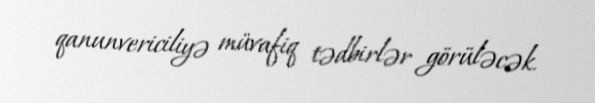
qanunvericiliyə müvafiq tədbirlər görüləcək.